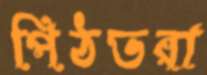
পিঠভরা